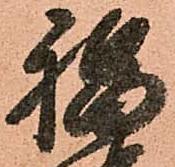
福